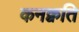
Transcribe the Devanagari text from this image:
कनक्वति